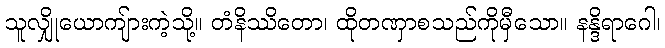
သူလျှိုယောကျ်ားကဲ့သို့။ တံနိဿိတော၊ ထိုတဏှာစသည်ကိုမှီသော။ နန္ဒိရာဂေါ၊